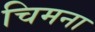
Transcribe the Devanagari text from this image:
चिमना